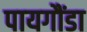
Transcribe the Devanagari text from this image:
पायगौंडा